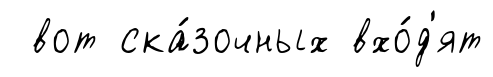
вот ска́зочных вхо́д'ят